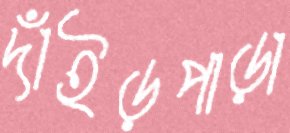
দাঁইড়পাড়া